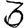
Digit: 3